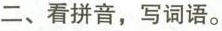
二、看拼音，写词语